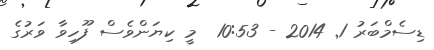
ޑިސެމްބަރު 1